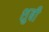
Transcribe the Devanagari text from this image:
शुबी